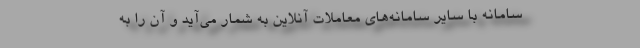
سامانه با سایر سامانه‌های معاملات آنلاین به شمار می‌آید و آن را به